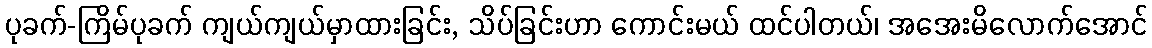
ပုခက်-ကြိမ်ပုခက် ကျယ်ကျယ်မှာထားခြင်း, သိပ်ခြင်းဟာ ကောင်းမယ် ထင်ပါတယ်၊ အအေးမိလောက်အောင်